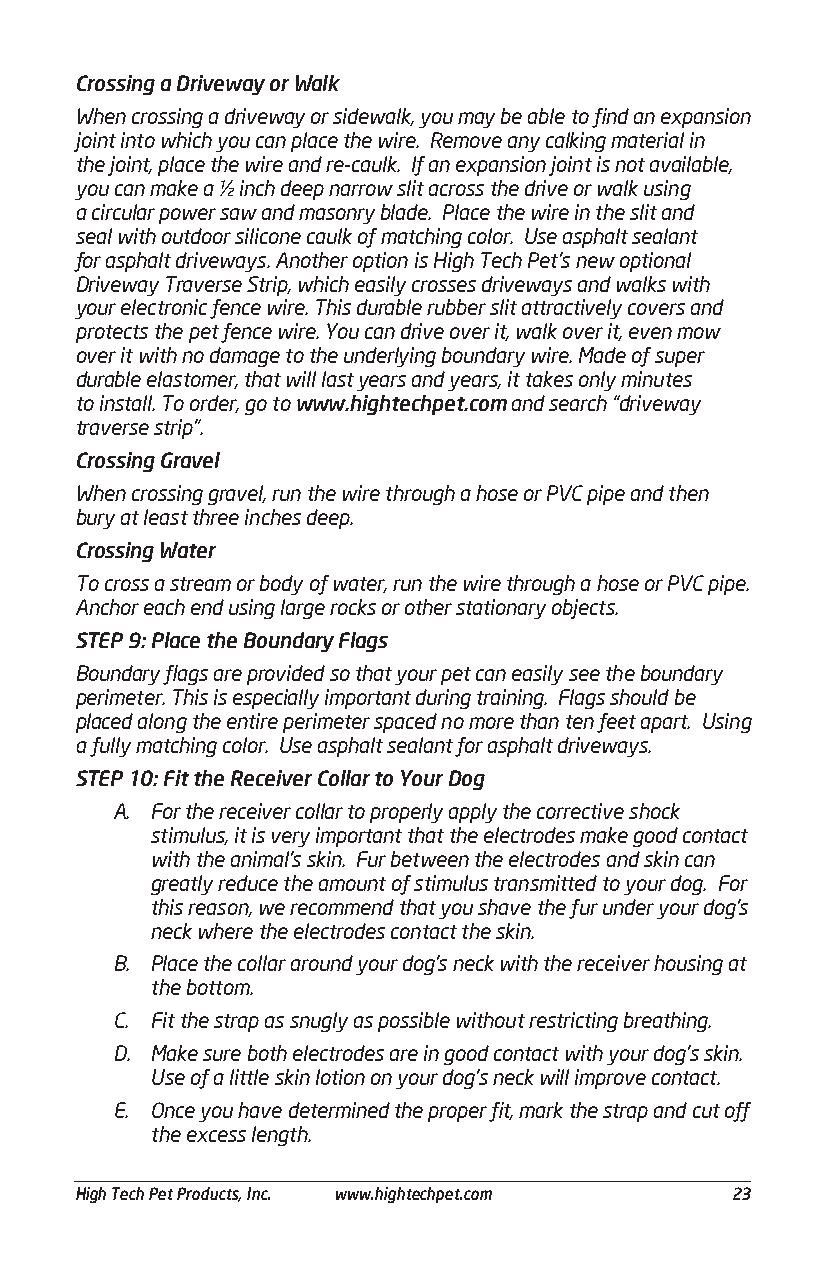
Crossing a Driveway or Walk
 When crossing a driveway or sidewalk, you may be able to find an expansion
 joint into which you can place the wire. Remove any calking material in
 the joint, place the wire and re-caulk. If an expansion joint is not available,
 you can make a ½ inch deep narrow slit across the drive or walk using
 a circular power saw and masonry blade. Place the wire in the slit and
 seal with outdoor silicone caulk of matching color. Use asphalt sealant
 for asphalt driveways. Another option is High Tech Pet’s new optional
 Driveway Traverse Strip, which easily crosses driveways and walks with
 your electronic fence wire. This durable rubber slit attractively covers and
 protects the pet fence wire. You can drive over it, walk over it, even mow
 over it with no damage to the underlying boundary wire. Made of super
 durable elastomer, that will last years and years, it takes only minutes
 to install. To order, go to www.hightechpet.com and search “driveway
 traverse strip”.
 Crossing Gravel
 When crossing gravel, run the wire through a hose or PVC pipe and then
 bury at least three inches deep.
 Crossing Water
 To cross a stream or body of water, run the wire through a hose or PVC pipe.
 Anchor each end using large rocks or other stationary objects.
 STEP 9: Place the Boundary Flags
 Boundary flags are provided so that your pet can easily see the boundary
 perimeter. This is especially important during training. Flags should be
 placed along the entire perimeter spaced no more than ten feet apart. Using
 a fully matching color. Use asphalt sealant for asphalt driveways.
 STEP 10: Fit the Receiver Collar to Your Dog
 A. For the receiver collar to properly apply the corrective shock
 stimulus, it is very important that the electrodes make good contact
 with the animal’s skin. Fur between the electrodes and skin can
 greatly reduce the amount of stimulus transmitted to your dog. For
 this reason, we recommend that you shave the fur under your dog’s
 neck where the electrodes contact the skin.
 B. Place the collar around your dog’s neck with the receiver housing at
 the bottom.
 C. Fit the strap as snugly as possible without restricting breathing.
 D. Make sure both electrodes are in good contact with your dog’s skin.
 Use of a little skin lotion on your dog’s neck will improve contact.
 E. Once you have determined the proper fit, mark the strap and cut off
 the excess length.
 ___________________________________________________________________________________________
 High Tech Pet Products, Inc. www.hightechpet.com 23